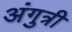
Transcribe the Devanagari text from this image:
अंगुत्री